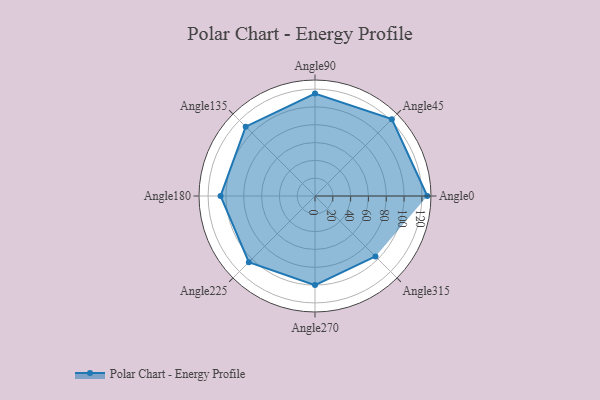
{"axis": {"x": "Angle", "y": "Radius"}, "legend": [""], "data": [{"x": "Angle0", "y": 126.0, "type": ""}, {"x": "Angle45", "y": 122.0, "type": ""}, {"x": "Angle90", "y": 115.0, "type": ""}, {"x": "Angle135", "y": 110.0, "type": ""}, {"x": "Angle180", "y": 106.0, "type": ""}, {"x": "Angle225", "y": 105.0, "type": ""}, {"x": "Angle270", "y": 100.0, "type": ""}, {"x": "Angle315", "y": 96.0, "type": ""}]}